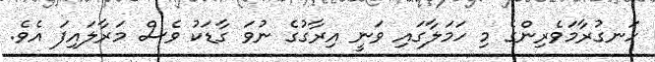
ހަނގުރާމަވެރިންގެ މި ހަމަލާގައި ވަނީ އިރާގުގެ ނުވަ ގާޑަކު ވެސް މަރާލައިފަ އެވެ.